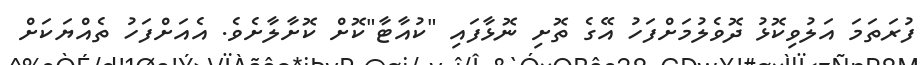
ފުރަތަމަ އަލުވިކޮޅު ދޮވެލުމަށްފަހު އޭގެ ތޮށި ނޮޅާފައި "ކުއާޓާ"ކޮށް ކޮށާލާށެވެ. އެއަށްފަހު ތެއްޔަކަށް